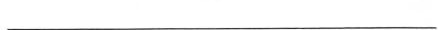
___